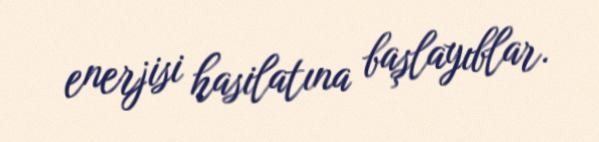
enerjisi hasilatına başlayıblar.